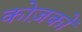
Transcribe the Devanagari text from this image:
कोज़कों